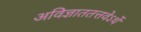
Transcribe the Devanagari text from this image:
अविज्ञाततत्तवेऽर्थे